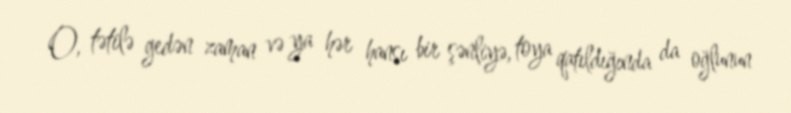
O, tətilə gedən zaman və ya hər hansı bir şənliyə, toya qatıldığında da oğlunun